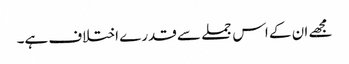
مجھے ان کے اس جملے سے قدرے اختلاف ہے۔